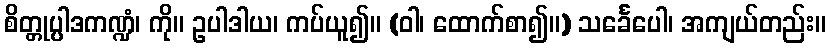
စိတ္တုပ္ပါဒကဏ္ဍံ၊ ကို။ ဥပါဒါယ၊ ကပ်ယူ၍။ (ဝါ၊ ထောက်စာ၍။) သင်္ခေပေါ၊ အကျယ်တည်း။